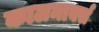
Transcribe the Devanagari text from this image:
कालमार्क्स